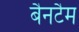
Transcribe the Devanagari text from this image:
बैनटैम